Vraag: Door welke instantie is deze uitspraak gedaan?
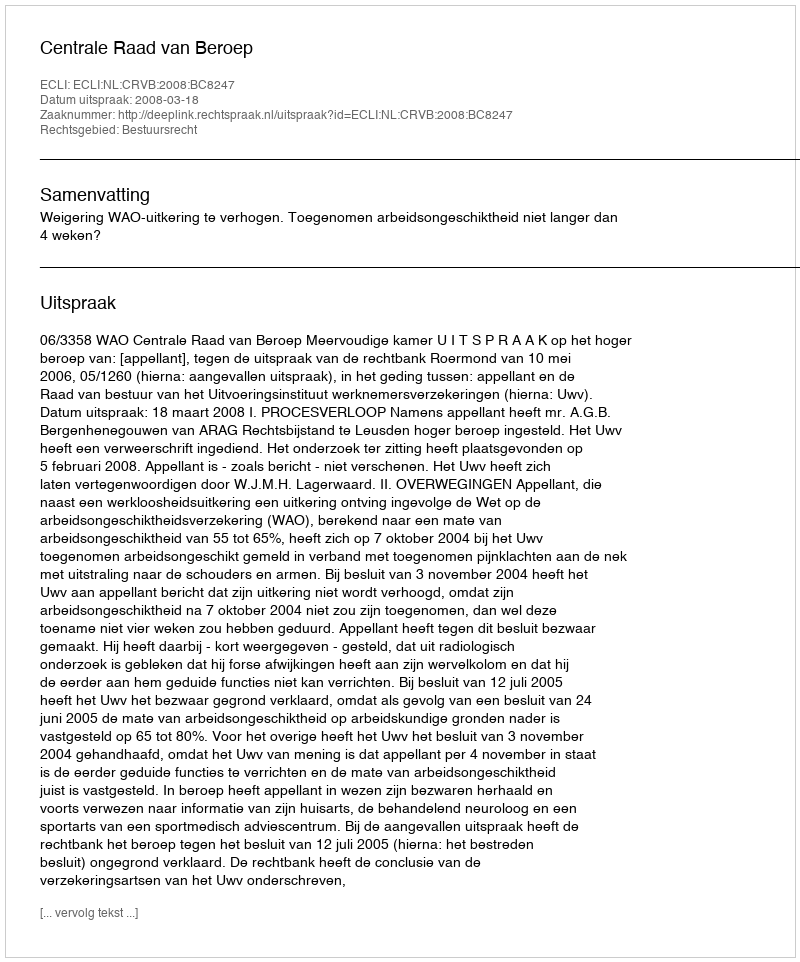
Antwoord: Centrale Raad van Beroep